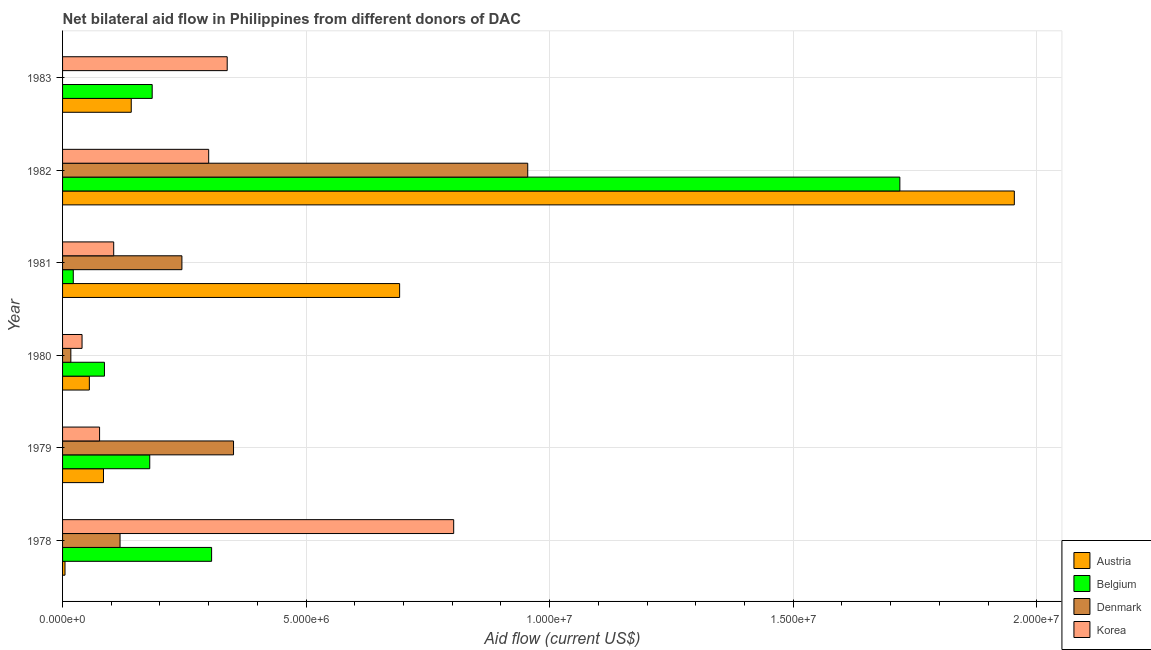
| Year | Austria | Belgium | Denmark | Korea |
 | --- | --- | --- | --- | --- |
 | 1978 | 5e+04 | 3.06e+06 | 1.18e+06 | 8.03e+06 |
 | 1979 | 8.4e+05 | 1.79e+06 | 3.51e+06 | 7.6e+05 |
 | 1980 | 5.5e+05 | 8.6e+05 | 1.7e+05 | 4e+05 |
 | 1981 | 6.92e+06 | 2.2e+05 | 2.45e+06 | 1.05e+06 |
 | 1982 | 1.95e+07 | 1.72e+07 | 9.55e+06 | 3e+06 |
 | 1983 | 1.41e+06 | 1.84e+06 | -3.7e+05 | 3.38e+06 |